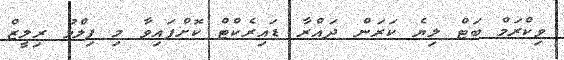
ވިކްރަމް ބަޓް ލިޔެ ކަރަން ދައްރާ ޑައިރެކްޓް ކޮށްފައިވާ މި ފިލްމު ރިލީޒް